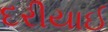
દરીયાઈ